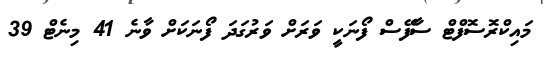
މައިކްރޮސޮފްޓް ސާފޭސް ފޯނަކީ ވަރަށް ވަރުގަދަ ފޯނަކަށް ވާނެ 41 މިނެޓް 39